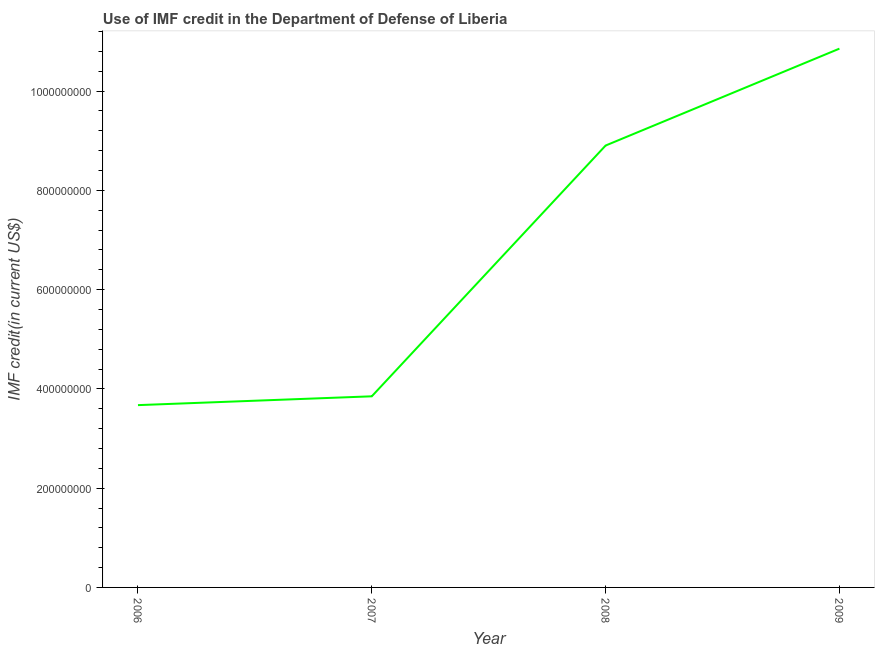
| Year | Use of IMF credit (DOD |
 | --- | --- |
 | 2006 | 3.67e+08 |
 | 2007 | 3.85e+08 |
 | 2008 | 8.9e+08 |
 | 2009 | 1.09e+09 |